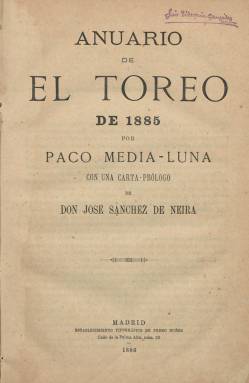
Título: Anuario de El Toreo
Colección: Toros
Ámbito geográfico: Madrid
Lugar de publicación: Madrid
Fechas: 01/01/1885-31/12/1885

Impreso en el madrileño Establecimiento Tipográfico de Pedro Núñez en 1886, en formato 4º mayor, y de 156 páginas, corresponde al año 1885, compilado por Paco Media-Luna, seudónimo del periodista, dramaturgo y por último político Emilio Sánchez Pastor (1853-1953), director y editor de la revista El Toreo (1874-1928), una de las más longevas y populares del periodismo taurino español. Comienza con una carta-prólogo firmada por el también escritor y crítico taurino José Sánchez de Neira (1823-1898), y contiene las reseñas de las corridas de toros celebradas en Madrid, acompañadas de cuadros estadísticos, con los nombres de los toros, ganaderías, banderilleros y pases; así como extractos de reseñas de las verificadas en el resto de las provincias españolas. Al final, contiene una relación de sucesos notables referidos a la tauromaquia, reseñados mensualmente. Se desconoce la existencia de otros anuarios publicados por esta revista, cuyo título también forma parte de la colección de la Biblioteca Nacional de España.